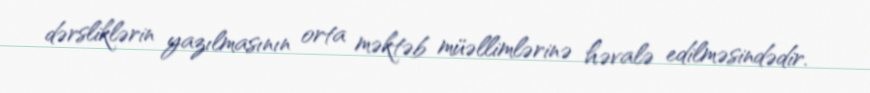
dərsliklərin yazılmasının orta məktəb müəllimlərinə həvalə edilməsindədir.